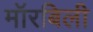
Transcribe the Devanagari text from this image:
मॉरबिली